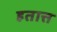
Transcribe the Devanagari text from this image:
हतात्त